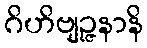
ဂိဟိဗျဉ္ဇနာနိ